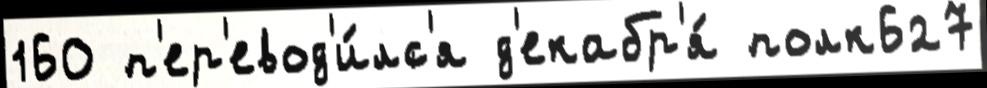
160 п'ер'евод'и́лс'я д'екабр'я́ полк627